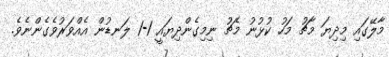
މާލޭގައި މިދިޔަ މާޗު މަހު ކުޅުނު މެޗު ނިމިގެންދިޔައީ 1-1 ލަނޑުން އެއްވަރުވެގެންނެވެ.